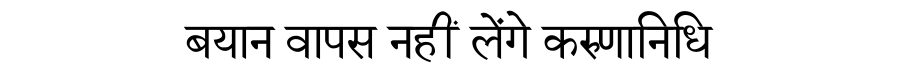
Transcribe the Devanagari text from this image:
बयान वापस नहीं लेंगे करुणानिधि